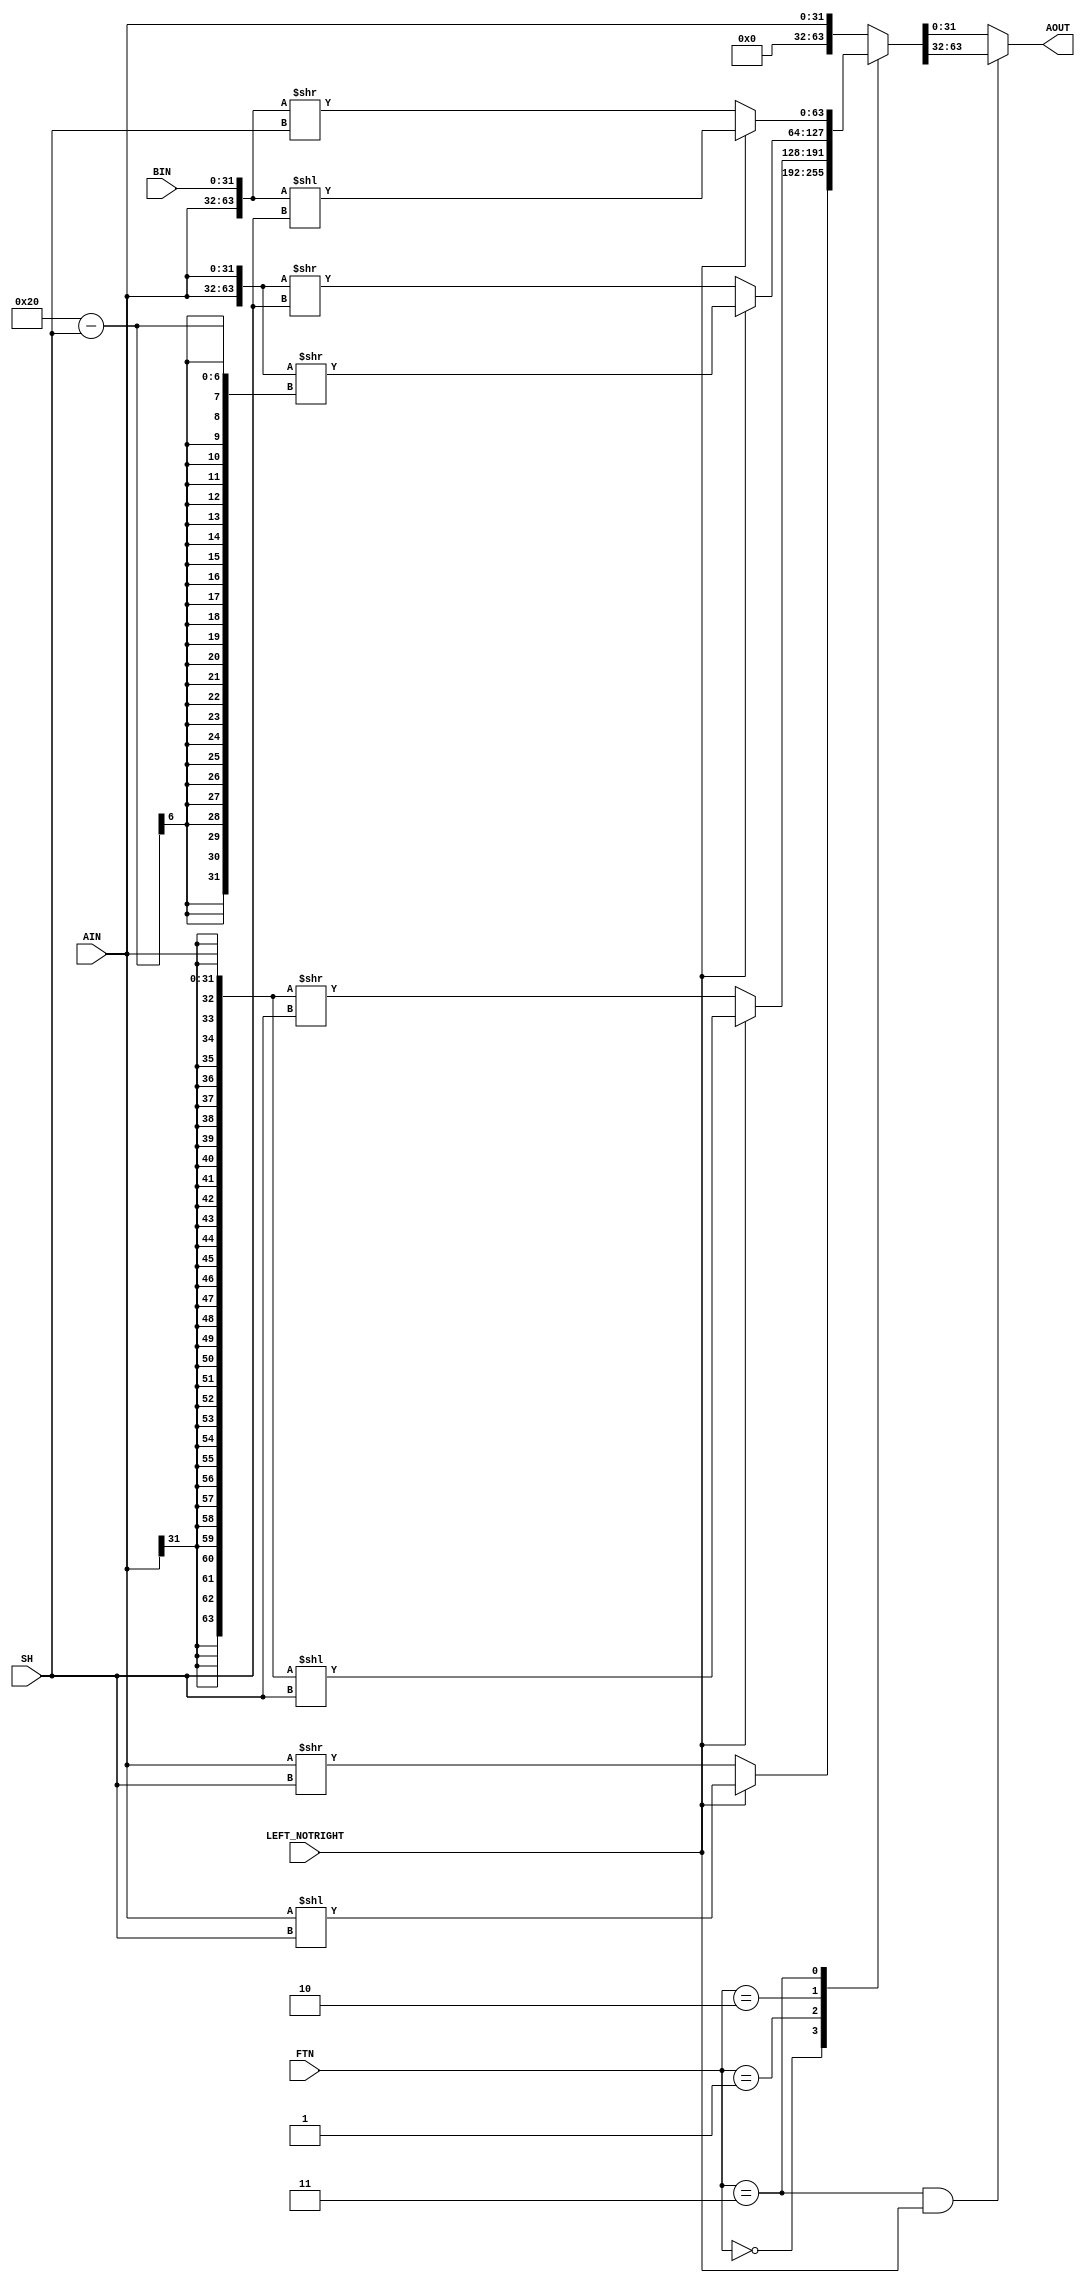
`timescale 1ns / 1ps
//////////////////////////////////////////////////////////////////////////////////
module homework5_risc_barrel_shifter(
    input [31:0] AIN,
    input [31:0] BIN,
    input [5:0] SH,
    input [2:0] FTN,        // FS[3:1]
    input LEFT_NOTRIGHT,    // !FS[0], 0 = Left, 1 = Right
    output reg [31:0] AOUT
    );
    
    parameter LOG_CASE = 0, ARI_CASE = 1, ROT_CASE = 2, ROC_CASE = 3;
    
    wire [63:0] LOG;
    wire [63:0] ARI;
    wire [63:0] ROT;
    wire [63:0] ROC;
    
    reg [63:0] AOUT_w;
    
    assign LOG = {         32'b0, AIN};
    assign ARI = { {32{AIN[31]}}, AIN};
    assign ROT = {           AIN, AIN};
    assign ROC = {           AIN, BIN};
    
    always @(*) begin
        case(FTN)
            LOG_CASE: AOUT_w <= LEFT_NOTRIGHT ? LOG << SH : LOG >> SH;
            ARI_CASE: AOUT_w <= LEFT_NOTRIGHT ? ARI << SH : ARI >> SH;
            ROT_CASE: AOUT_w <= LEFT_NOTRIGHT ? ROT >> (32-SH) : ROT >> SH;
            ROC_CASE: AOUT_w <= LEFT_NOTRIGHT ? ROC << SH : ROC >> SH;
            default: AOUT_w = AIN;
         endcase
         
         AOUT <= ((FTN == 3'd3) & LEFT_NOTRIGHT) ? AOUT_w[63:32] : AOUT_w;
    end
        
endmodule